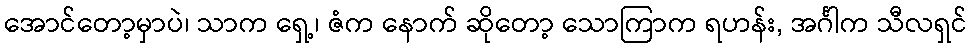
အောင်တော့မှာပဲ၊ သာက ရှေ့၊ ဇံက နောက် ဆိုတော့ သောကြာက ရဟန်း, အင်္ဂါက သီလရှင်